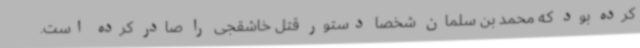
کرده بود که محمد بن سلمان شخصا دستور قتل خاشقجی را صادر کرده است.